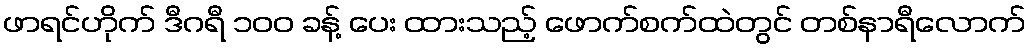
ဖာရင်ဟိုက် ဒီဂရီ ၁၀၀ ခန့် ပေး ထားသည့် ဖောက်စက်ထဲတွင် တစ်နာရီလောက်